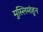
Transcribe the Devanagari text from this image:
मुस्लिमांहून